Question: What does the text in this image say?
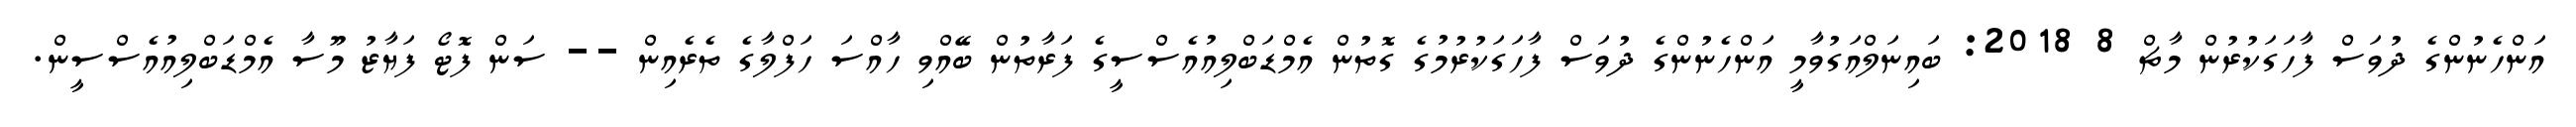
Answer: އަންހެނުންގެ ދުވަސް ފާހަގަކުރުން މާޗް 8 2018: ބައިނަލްއަގުވާމީ އަންހެނުންގެ ދުވަސް ފާހަގަކުރުމުގެ ގޮތުން އެމްޑަބްލިއުއެސްސީގެ ފަރާތުން ބޭއްވި ހާއްސަ ހަފްލާގެ ތެރެއިން -- ސަން ފޮޓޯ ފަޔާޒު މޫސާ އެމްޑަބްލިއުއެސްސީން.